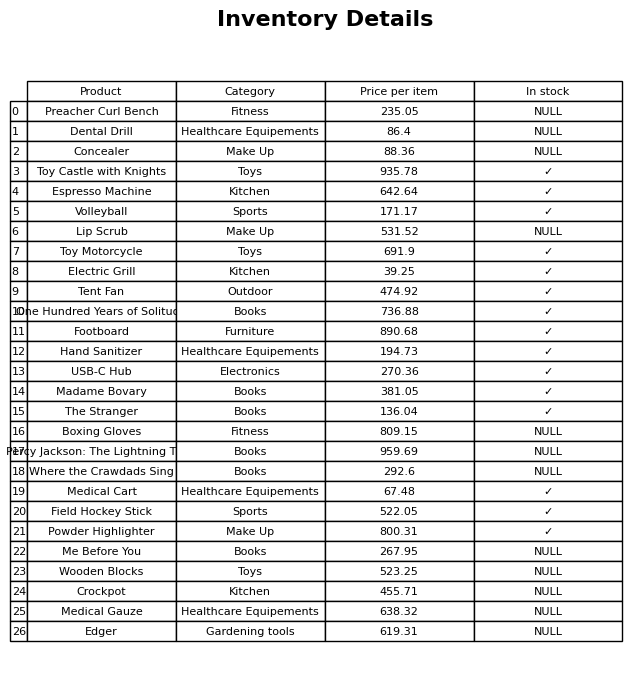
question: What is the stock status of the Electric Grill?
answer: ✓